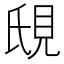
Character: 𬡼